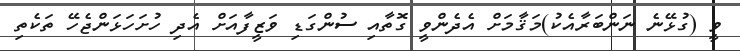
ވީ (ގުޅޭނެ ނަންބަރާއެކު)މަޤާމަށް އެދެންވީ ގޮތާއި ސުންގަޑި ވަޒީފާއަށް އެދި ހުށަހަޅަންޖެހޭ ތަކެތި